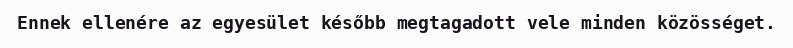
Ennek ellenére az egyesület később megtagadott vele minden közösséget.